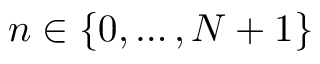
n \in \{ 0 , \dots , N + 1 \}